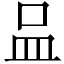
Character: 𠱄